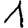
Digit: 1